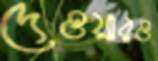
দেওয়ারও